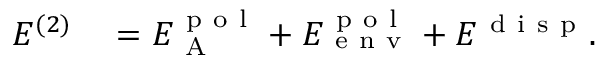
\begin{array} { r l } { E ^ { ( 2 ) } } & { { } = E _ { \mathrm { ~ A ~ } } ^ { \mathrm { ~ p ~ o ~ l ~ } } + E _ { \mathrm { ~ e ~ n ~ v ~ } } ^ { \mathrm { ~ p ~ o ~ l ~ } } + E ^ { \mathrm { ~ d ~ i ~ s ~ p ~ } } . } \end{array}